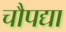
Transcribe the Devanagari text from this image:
चौपद्या